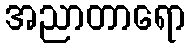
အညာတာရော